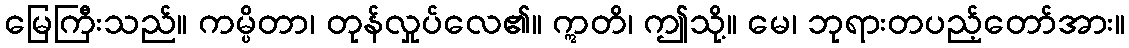
မြေကြီးသည်။ ကမ္ပိတာ၊ တုန်လှုပ်လေ၏။ ဣတိ၊ ဤသို့။ မေ၊ ဘုရားတပည့်တော်အား။